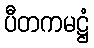
ပီတကမဋ္ဌံ